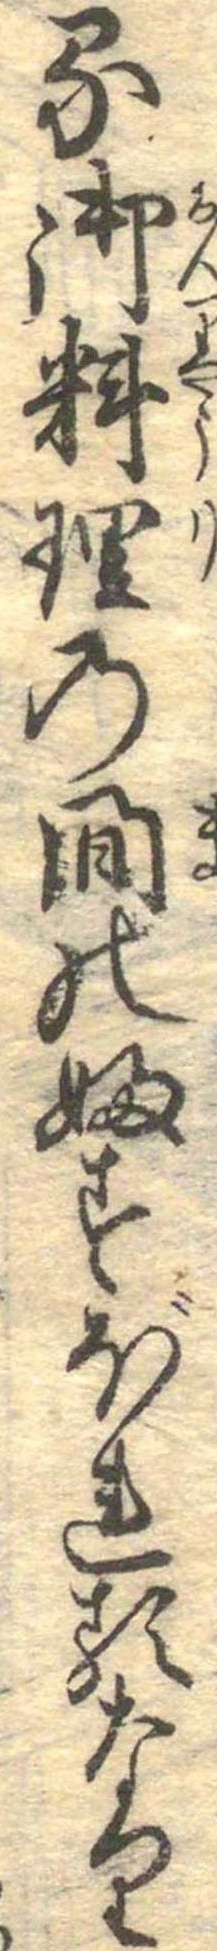
る御料理の間のふすぼれるなり